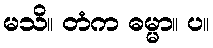
မသိ။ တံက ဓမ္မာ။ ပ။